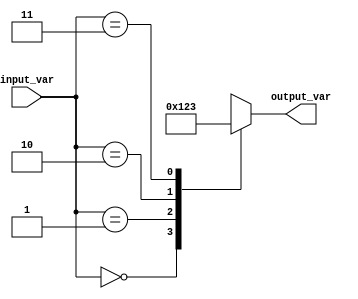
module case_statement (
    input [1:0] input_var,
    output reg [3:0] output_var
);

always @(*)
begin
    case (input_var)
        2'b00: output_var = 4'b0000; // output for input value 00
        2'b01: output_var = 4'b0001; // output for input value 01
        2'b10: output_var = 4'b0010; // output for input value 10
        2'b11: output_var = 4'b0011; // output for input value 11
        default: output_var = 4'bxxxx; // default output (can be customized based on requirements)
    endcase
end

endmodule